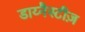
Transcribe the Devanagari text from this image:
डाय्नैस्टीज़